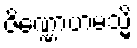
ဇိဏ္ဏောဟမသ္မိ